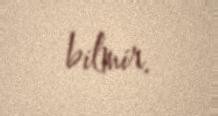
bilmir.